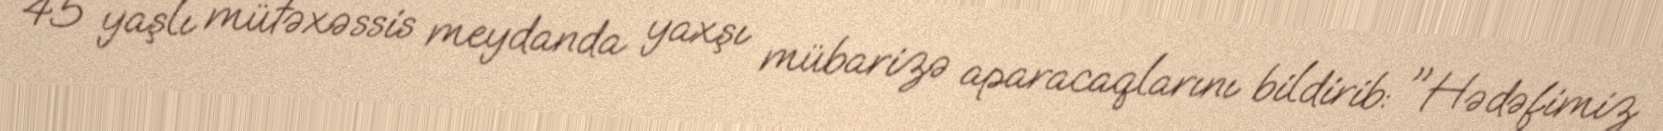
45 yaşlı mütəxəssis meydanda yaxşı mübarizə aparacaqlarını bildirib: "Hədəfimiz